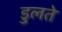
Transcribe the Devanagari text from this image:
डुलते